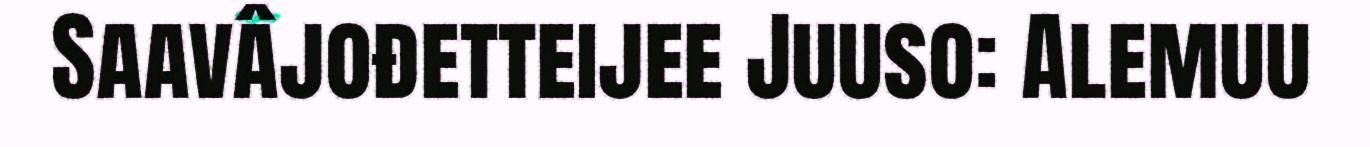
Saavâjođetteijee Juuso: Alemuu